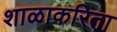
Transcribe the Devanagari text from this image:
शाळाकरिता